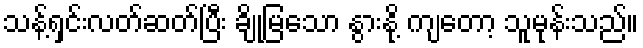
သန့်ရှင်းလတ်ဆတ်ပြီး ချိုမြသော နွားနို့ ကျတော့ သူမုန်းသည်။